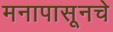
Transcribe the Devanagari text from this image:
मनापासूनचे